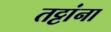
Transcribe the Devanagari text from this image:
तट्टांना